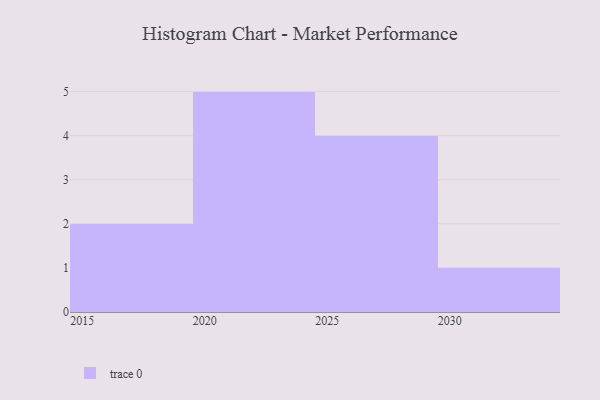
{"axis": {"x": "Year", "y": "Tickets Resolved"}, "legend": [""], "data": [{"x": "2021", "y": 91, "type": ""}, {"x": "2030", "y": 26, "type": ""}, {"x": "2027", "y": 36, "type": ""}, {"x": "2024", "y": 38, "type": ""}, {"x": "2015", "y": 70, "type": ""}, {"x": "2025", "y": 90, "type": ""}, {"x": "2020", "y": 32, "type": ""}, {"x": "2022", "y": 25, "type": ""}, {"x": "2016", "y": 10, "type": ""}, {"x": "2026", "y": 38, "type": ""}, {"x": "2023", "y": 69, "type": ""}, {"x": "2028", "y": 10, "type": ""}]}